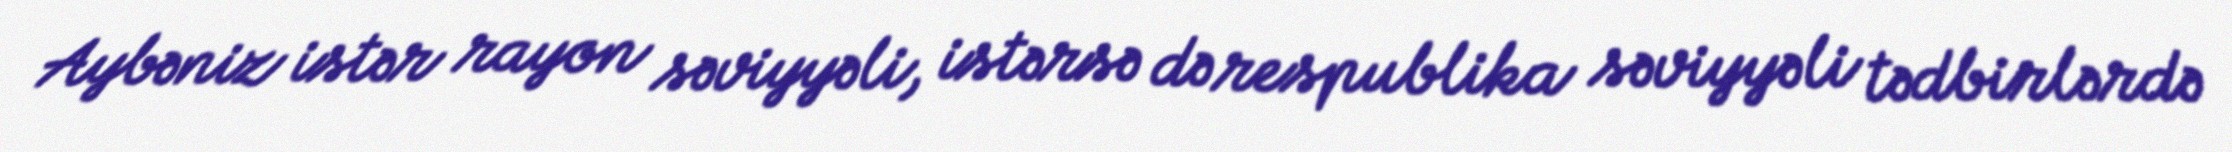
Aybəniz istər rayon səviyyəli, istərsə də respublika səviyyəli tədbirlərdə